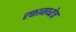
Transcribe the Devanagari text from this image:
रक्तामध्येच